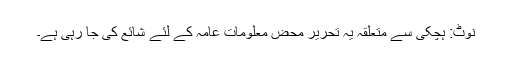
نوٹ: ہچکی سے متعلقہ یہ تحریر محض معلومات عامہ کے لئے شائع کی جا رہی ہے۔